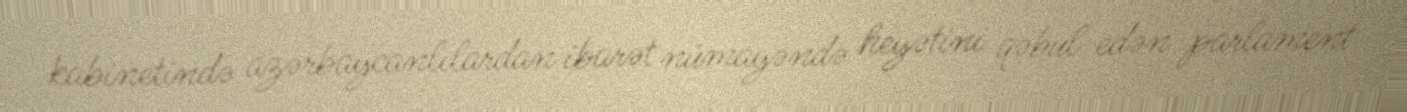
kabinetində azərbaycanlılardan ibarət nümayəndə heyətini qəbul edən parlament